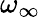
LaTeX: \omega_{\infty}